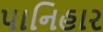
પાનિહાર